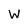
Character: W